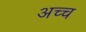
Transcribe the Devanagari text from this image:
अच्च